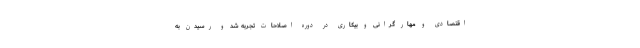
اقتصادی و مهار گرانی و بیکاری در دوره اصلاحات تجربه شد و رسیدن به